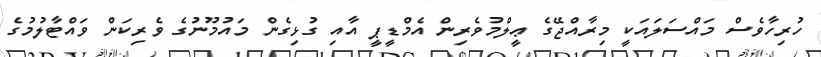
ހުރިހާވެސް މައްސަލައަކީ މިރާއްޖޭގެ ޢީލްމުވެރިން އެމްޑީޕީ އާއި ގުޅިގެން މައުމޫނުގެ ވެރިކަން ވައްޓާލުމުގެ